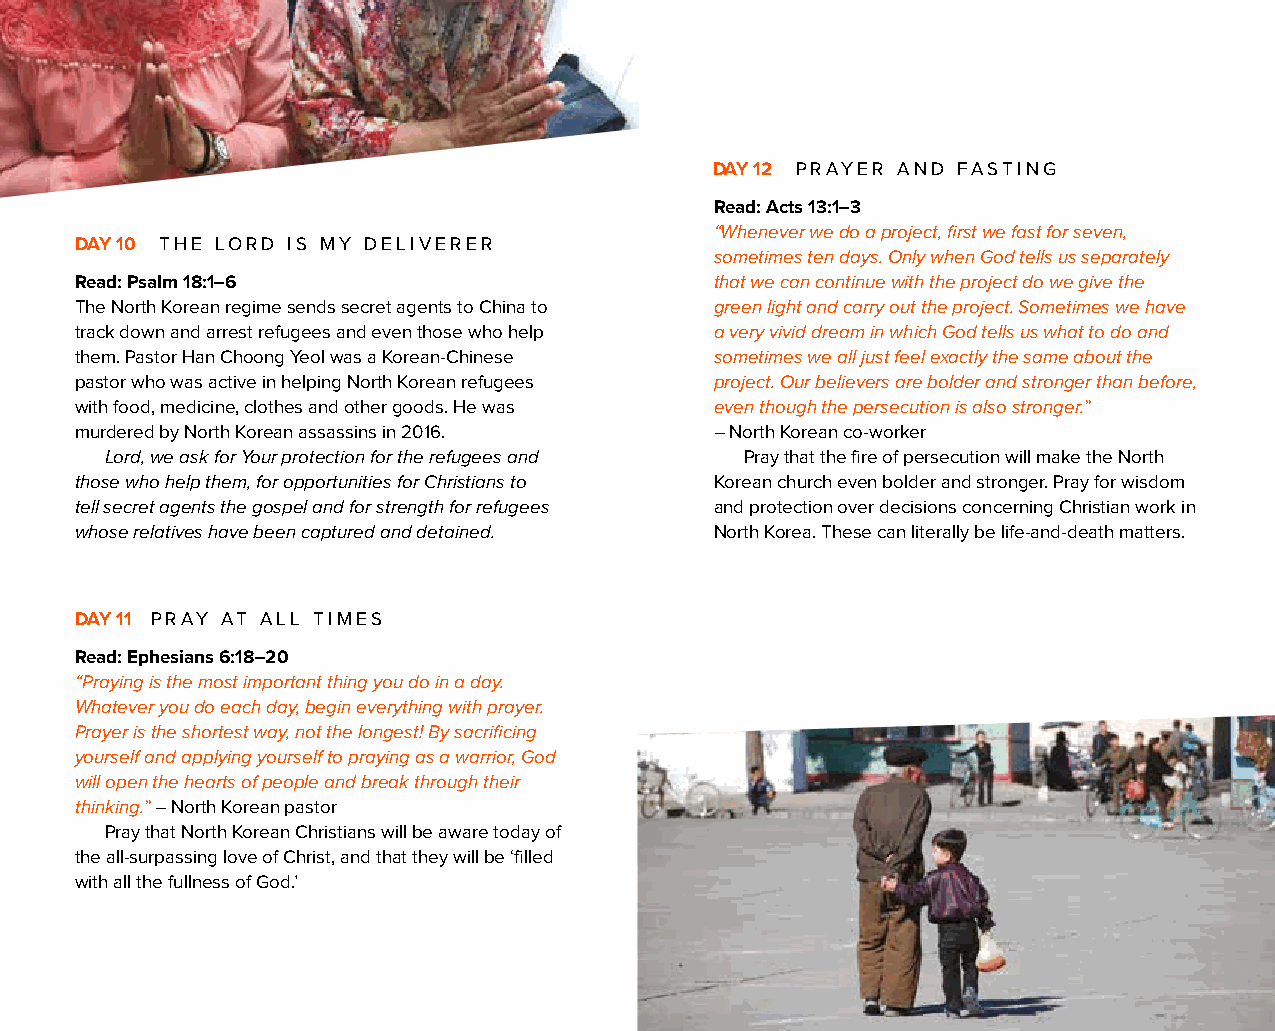
DAY 12 PRAYER AND FASTING
 Read: Acts 13:1–3
 “Whenever we do a project, first we fast for seven,
 DAY 10 THE LORD IS MY DELIVERER
 sometimes ten days. Only when God tells us separately
 Read: Psalm 18:1–6                        that we can continue with the project do we give the
 The North Korean regime sends secret agents to China to green light and carry out the project. Sometimes we have
 track down and arrest refugees and even those who help a very vivid dream in which God tells us what to do and
 them. Pastor Han Choong Yeol was a Korean-Chinese sometimes we all just feel exactly the same about the
 pastor who was active in helping North Korean refugees project. Our believers are bolder and stronger than before,
 with food, medicine, clothes and other goods. He was even though the persecution is also stronger.”
 murdered by North Korean assassins in 2016. – North Korean co-worker
 Lord, we ask for Your protection for the refugees and Pray that the fire of persecution will make the North
 those who help them, for opportunities for Christians to Korean church even bolder and stronger. Pray for wisdom
 tell secret agents the gospel and for strength for refugees and protection over decisions concerning Christian work in
 whose relatives have been captured and detained. North Korea. These can literally be life-and-death matters.
 DAY 11 PRAY AT ALL TIMES
 Read: Ephesians 6:18–20
 “Praying is the most important thing you do in a day.
 Whatever you do each day, begin everything with prayer.
 Prayer is the shortest way, not the longest! By sacrificing
 yourself and applying yourself to praying as a warrior, God
 will open the hearts of people and break through their
 thinking.” – North Korean pastor
 Pray that North Korean Christians will be aware today of
 the all-surpassing love of Christ, and that they will be ‘filled
 with all the fullness of God.’